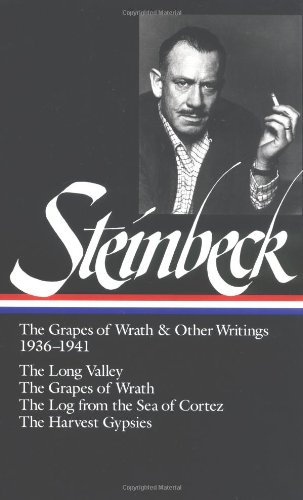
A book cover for John Steinbeck: The Grapes of Wrath and Other Writings 1936-1941: The Grapes of Wrath, The Harvest Gypsies, The Long Valley, The Log from the Sea of Cortez (Library of America); John Steinbeck; Literature & Fiction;